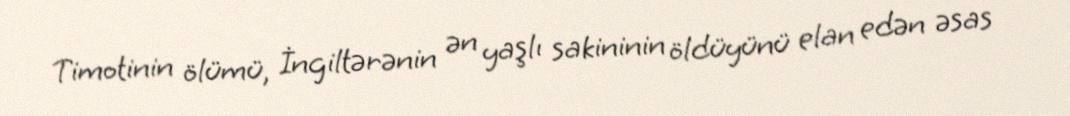
Timotinin ölümü, İngiltərənin ən yaşlı sakininin öldüyünü elan edən əsas